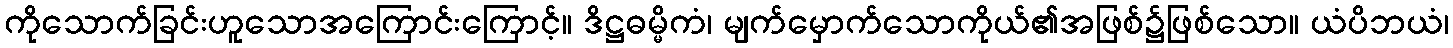
ကိုသောက်ခြင်းဟူသောအကြောင်းကြောင့်။ ဒိဋ္ဌဓမ္မိကံ၊ မျက်မှောက်သောကိုယ်၏အဖြစ်၌ဖြစ်သော။ ယံပိဘယံ၊